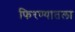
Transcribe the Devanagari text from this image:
फिरण्यातला